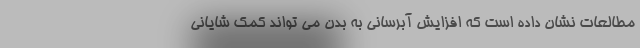
مطالعات نشان داده است که افزایش آبرسانی به بدن می تواند کمک شایانی